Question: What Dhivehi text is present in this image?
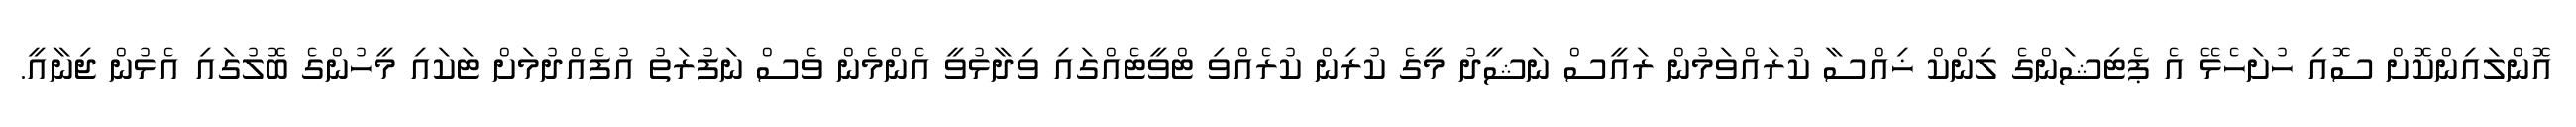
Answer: އޮންލައިންކޮށް ސޮއި ހުށަހެޅޭ އެ ޕެޓިޝަންގެ ލިންކް ޚިއްސާ ކުރައްވަމުން ރައީސް ނަޝީދު މީގެ ކުރިން ކުރެއްވި ޓްވީޓެއްގައި ވިދާޅުވީ އެންމެން ވެސް ނަފުރަތު އުފެއްދުމަށް ޓަކައި މީހުންގެ ބޮލުގައި އެޅުން ޖިނާއީ.